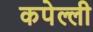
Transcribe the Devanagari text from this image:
कपेल्ली